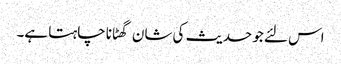
اس لئے جو حدیث کی شان گھٹانا چاہتا ہے۔